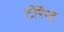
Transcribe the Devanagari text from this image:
टोर्रेन्ट